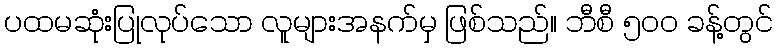
ပထမဆုံးပြုလုပ်သော လူများအနက်မှ ဖြစ်သည်။ ဘီစီ ၅၀၀ ခန့်တွင်